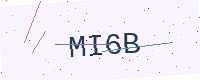
Text: MI6B